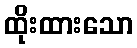
ထိုးထားသော